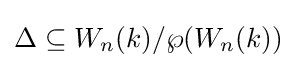
\Delta \subseteq W_{n}(k)/\wp (W_{n}(k))